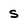
Character: S